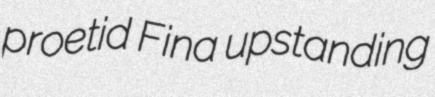
proetid Fina upstanding